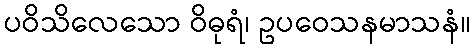
ပဝိသိလေသော ဝိဓုရံ၊ ဥပဝေသနမာသနံ။